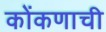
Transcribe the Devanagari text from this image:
कोंकणाची